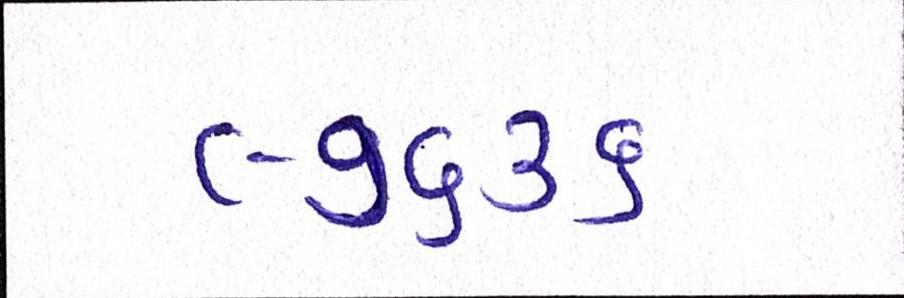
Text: ૯૭૬૩૬